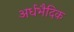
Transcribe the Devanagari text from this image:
अर्धभैदिक